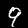
Label: 9